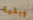
وبقية